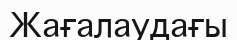
Жағалаудағы